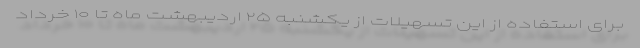
برای استفاده از این تسهیلات از یکشنبه ۲۵ اردیبهشت ماه تا ۱۰ خرداد